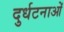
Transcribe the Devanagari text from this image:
दुर्धटनाओं